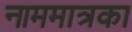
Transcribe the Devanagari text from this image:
नाममात्रका